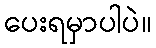
ပေးရမှာပါပဲ။